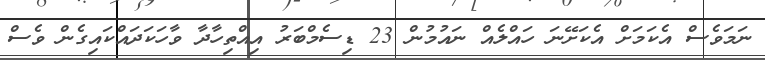
ނަމަވެސް އެކަމަށް އެކަށޭނަ ހައްލެއް ނައުމުން 23 ޑިސެމްބަރު އިއްތިހާދާ ވާހަކަދައްކައިގެން ވެސް